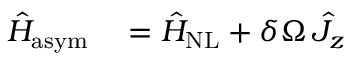
\begin{array} { r l } { \hat { H } _ { \mathrm { a s y m } } } & { { } = \hat { H } _ { \mathrm { N L } } + \delta \Omega \, \hat { J } _ { z } } \end{array}